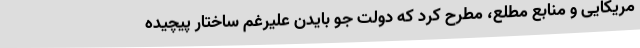
مریکایی و منابع مطلع، مطرح کرد که دولت جو بایدن علیرغم ساختار پیچیده